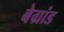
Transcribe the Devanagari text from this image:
बेग्रांड